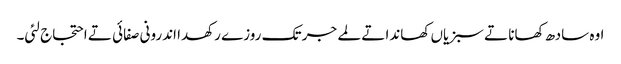
اوہ سادھ کھانا تے سبزیاں کھاندا تے لمے جر تک روزے رکھدا اندرونی صفائی تے احتجاج لئی۔